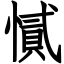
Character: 㦐